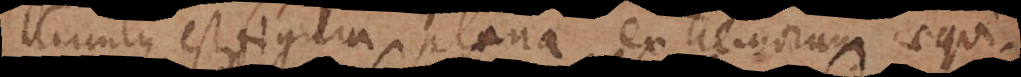
Circulus est figura plana extremorum aequi